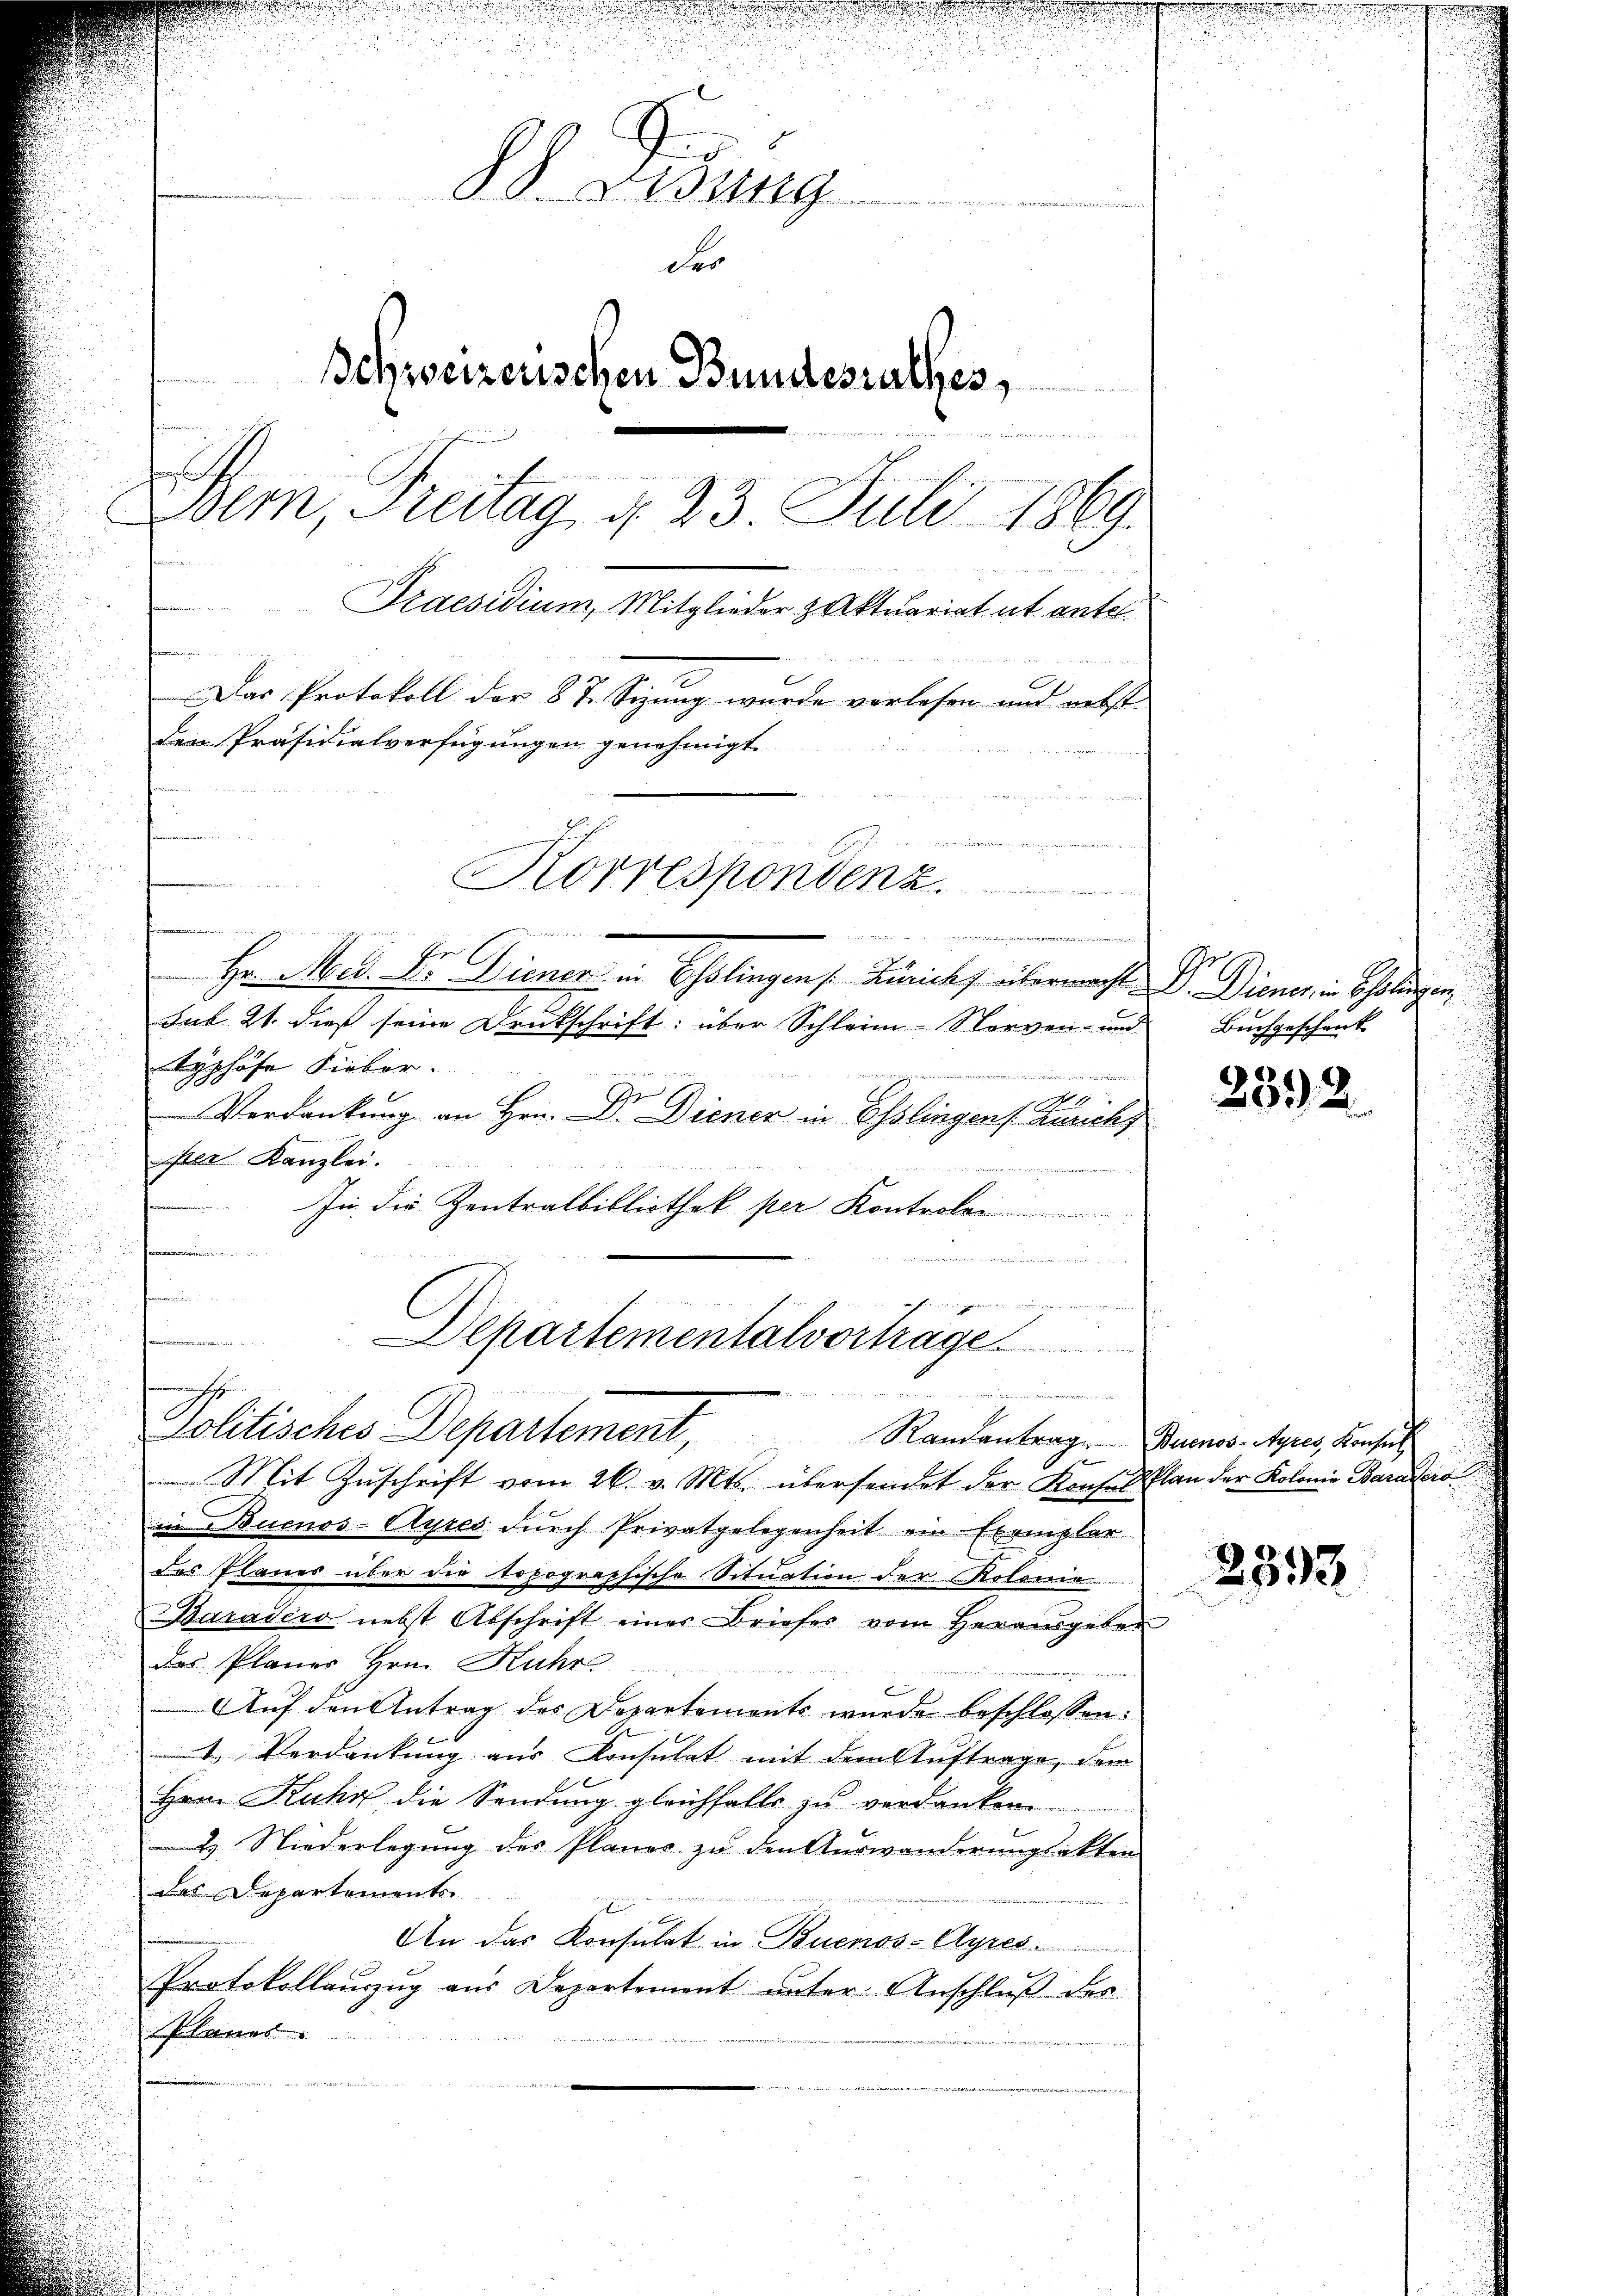
eannes

88. Lesung
e
der
Schweizerischen Bundesrathes,

Bem, Freitag, d. 23 Juli 1869.
Praesidium, Mitglieder & Aktuariat et antel
Das Protokoll der 8t. Sizung wurde verlesen und nebst
den Präsidialverfügungen genehmigt
Korrespondenz.

Hr. Med. Dr. Diener in Esslingen /: Zürichs übermacht. Dr. Diener in Schuldigen
Sub. 21. dieß seine Druckschrift: über Schleim-Norven- und Buchgeschenk
yphöfe Lieber.
ne, der
Verdankung an Hrn. Dr. Diener in Esslingens Zürich
Per Kanzlei
In die Zentralbibliothek per Kontrole
u
dee der in der vernehmen und des in des
Politisches Departement, Randantragen Baumes. Aper, Basel
Mit Zŭschrift vom 26. v. Mts. übersendet der Konses Plan der Kolonie Barasero
in Buenos-Ayres dŭrch Privatgelegenheit ein Exemplar
des Planes über die topographische Situation der Kolonie
Baradero nebst Abschrift einer Briefes vom Herausgeben
des Planes Hrn. Kuhr
Auf den Antrag des Departements wurde beschlossen:
1 Verdankung aus Konsulat mit dem Auftrage, dem
Hrrn. Kuhn, die Sendung gleichfalls zu verdanken.
u Niederlegung des Planes zu den Auswanderungsakten
das Departements
An das Konsulat in Buenos-Ayres
Protokollauszug aus Departement unter Anschluß des
Planes

irge
.

en , die den
verne
Departementalvortrage
S

2392

2393.

.